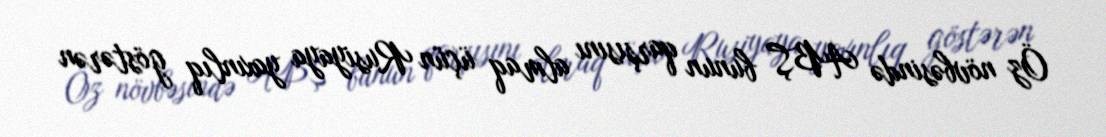
Öz növbəsində ABŞ bunun qarşısını almaq üçün Rusiyaya yaxınlıq göstərən